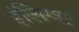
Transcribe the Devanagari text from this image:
इंलिग्श